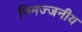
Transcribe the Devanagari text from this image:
निमज्जनीय